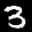
Label: 3